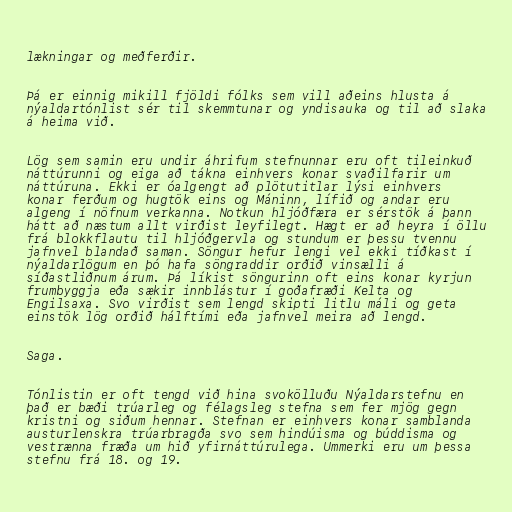
lækningar og meðferðir.

Þá er einnig mikill fjöldi fólks sem vill aðeins hlusta á
nýaldartónlist sér til skemmtunar og yndisauka og til að slaka
á heima við.

Lög sem samin eru undir áhrifum stefnunnar eru oft tileinkuð
náttúrunni og eiga að tákna einhvers konar svaðilfarir um
náttúruna. Ekki er óalgengt að plötutitlar lýsi einhvers
konar ferðum og hugtök eins og Máninn, lífið og andar eru
algeng í nöfnum verkanna. Notkun hljóðfæra er sérstök á þann
hátt að næstum allt virðist leyfilegt. Hægt er að heyra í öllu
frá blokkflautu til hljóðgervla og stundum er þessu tvennu
jafnvel blandað saman. Söngur hefur lengi vel ekki tíðkast í
nýaldarlögum en þó hafa söngraddir orðið vinsælli á
síðastliðnum árum. Þá líkist söngurinn oft eins konar kyrjun
frumbyggja eða sækir innblástur í goðafræði Kelta og
Engilsaxa. Svo virðist sem lengd skipti litlu máli og geta
einstök lög orðið hálftími eða jafnvel meira að lengd.

Saga.

Tónlistin er oft tengd við hina svokölluðu Nýaldarstefnu en
það er bæði trúarleg og félagsleg stefna sem fer mjög gegn
kristni og siðum hennar. Stefnan er einhvers konar samblanda
austurlenskra trúarbragða svo sem hindúisma og búddisma og
vestrænna fræða um hið yfirnáttúrulega. Ummerki eru um þessa
stefnu frá 18. og 19.